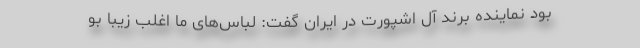
بود نماینده برند آل اشپورت در ایران گفت: لباس‌های ما اغلب زیبا بو